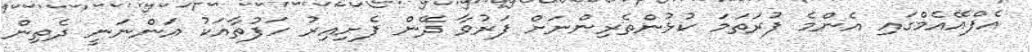
އެފްއޭއެމްގައި އެންމެ ފުރަތަމަ ކުޅުންތެރިންނަށް ފަރުވާ ދޭން ފެށިއިރު ހަފުތާއަކު އަންނަނީ ދެތިން